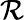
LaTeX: \mathcal{R}